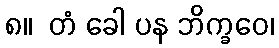
၈။  တံ ခေါ ပန ဘိက္ခဝေ၊